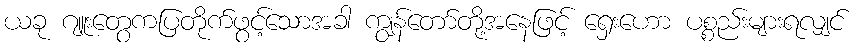
ယခု ဂျူးတွေကပြတိုက်ဖွင့်သောအခါ ကျွန်တော်တို့အနေဖြင့် ရှေးဟော ပစ္စည်းများရလျှင်